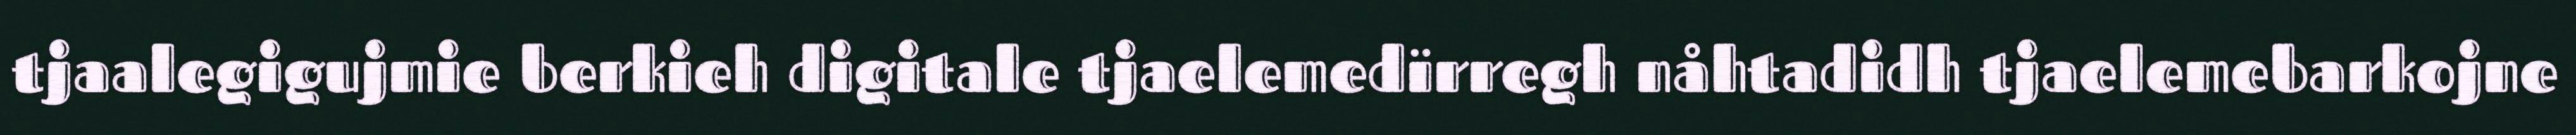
tjaalegigujmie berkieh digitale tjaelemedïrregh nåhtadidh tjaelemebarkojne